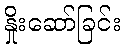
နှိုးဆော်ခြင်း